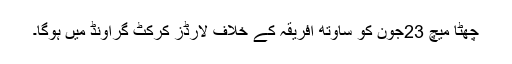
چھٹا میچ 23جون کو ساؤتھ افریقہ کے خلاف لارڈز کرکٹ گراؤنڈ میں ہوگا۔